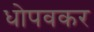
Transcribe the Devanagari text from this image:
धोपवकर